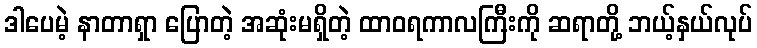
ဒါပေမဲ့ နာတာရှာ ပြောတဲ့ အဆုံးမရှိတဲ့ ထာဝရကာလကြီးကို ဆရာတို့ ဘယ့်နှယ်လုပ်